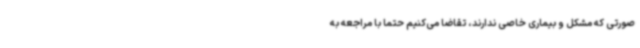
صورتی که مشکل و بیماری خاصی ندارند، تقاضا می‌کنیم حتما با مراجعه به